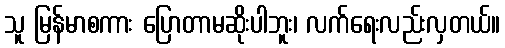
သူ မြန်မာစကား ပြောတာမဆိုးပါဘူး၊ လက်ရေးလည်းလှတယ်။